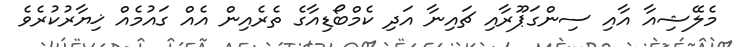
މެލޭޝިއާ އާއި ސިންގަޕޫރާއި ޗައިނާ އަދި ކެމްބޯޑިއާގެ ތެރެއިން އެއް ގައުމެއް ޚިޔާރުކުރެވެ